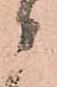
候